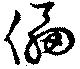
儡